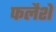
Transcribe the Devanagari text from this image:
फलैशें